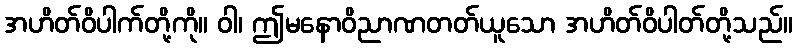
အဟိတ်ဝိပါက်တို့ကို။ ဝါ၊ ဤမနောဝိညာဏတတ်ယူသော အဟိတ်ဝိပါတ်တို့သည်။